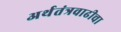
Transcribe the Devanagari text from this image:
अर्थतंत्रवाढीचा